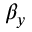
\beta _ { y }